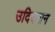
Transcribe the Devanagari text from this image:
उदियमान